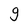
Character: g